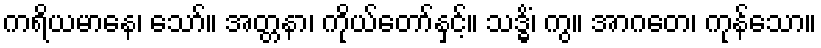
ကရိယမာနေ၊ သော်။ အတ္တနာ၊ ကိုယ်တော်နှင့်။ သဒ္ဓိံ၊ ကွ။ အာဂတေ၊ ကုန်သော။